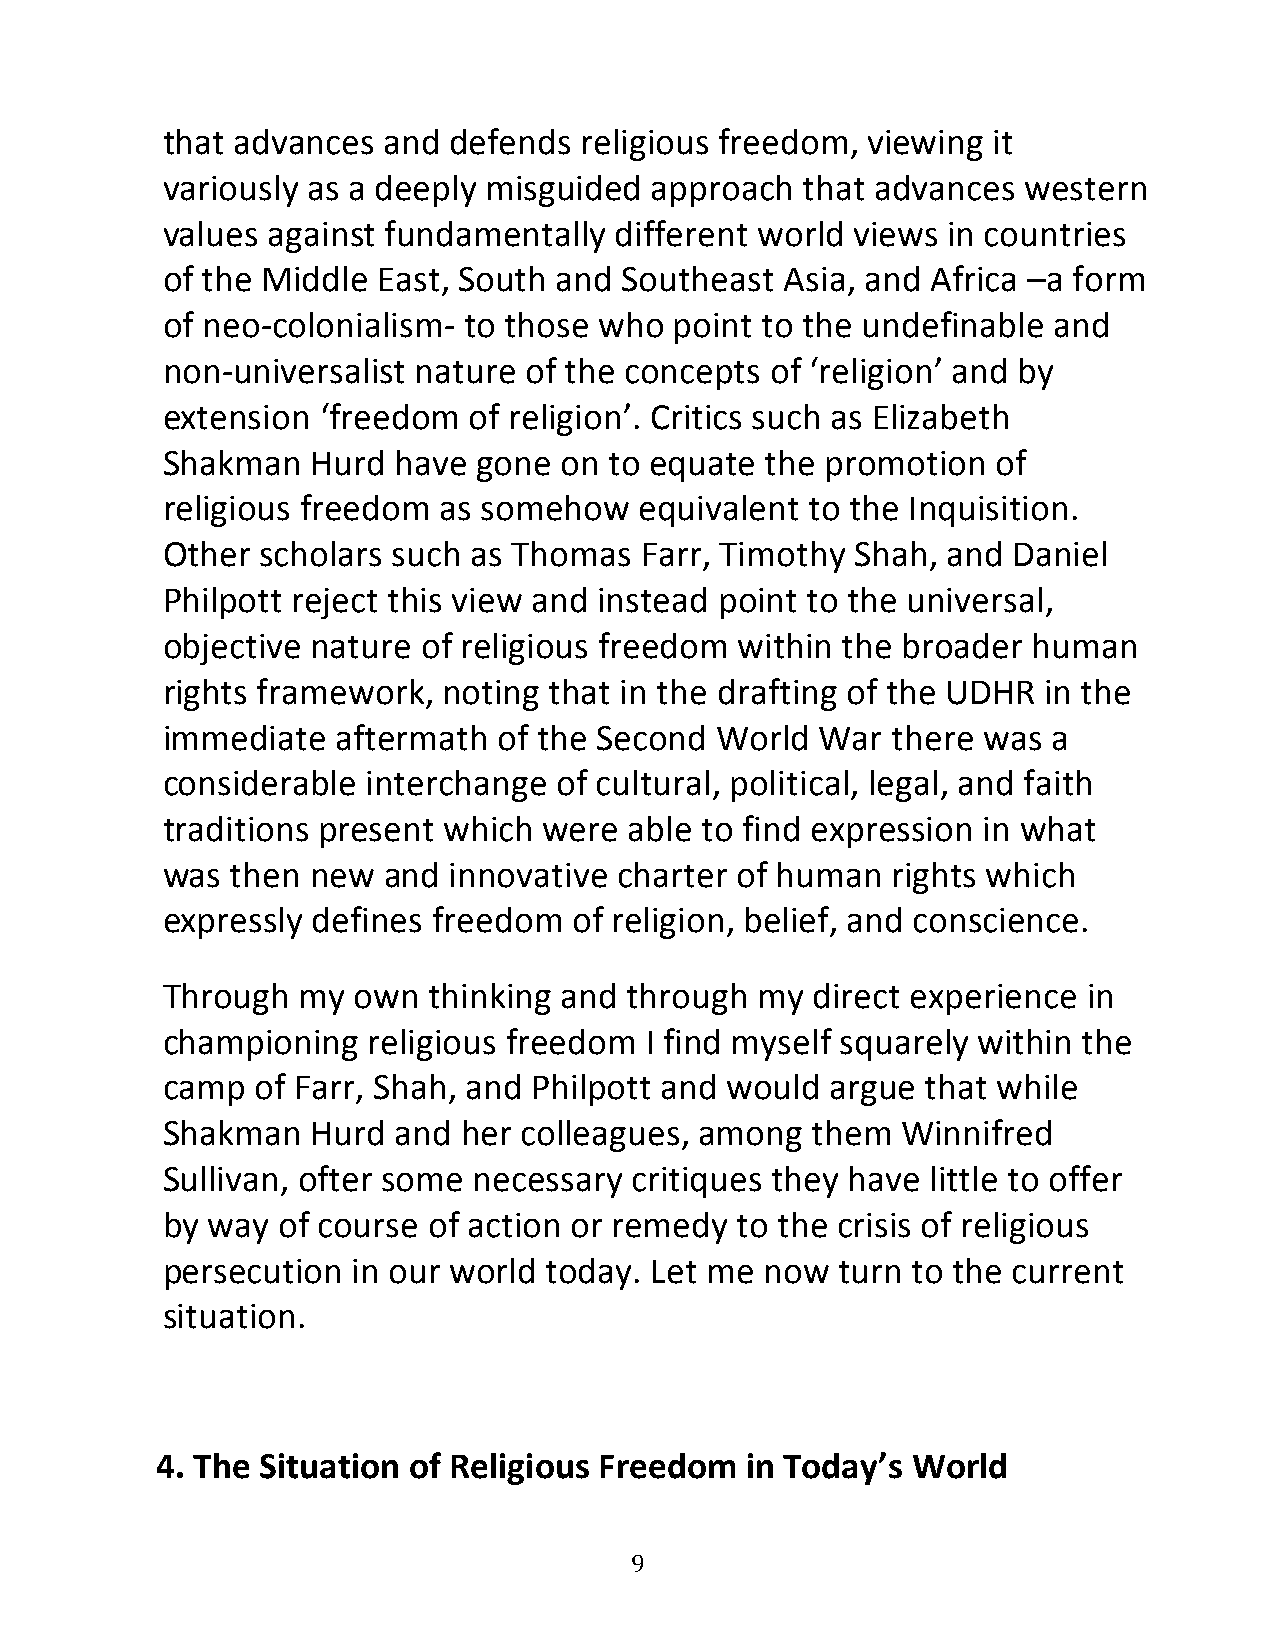
that advances and  defends religious freedom, viewing  it
 variously as a deeply misguided approach  that advances  western
 values against fundamentally  different world views in countries
 of the Middle East, South and Southeast  Asia, and Africa –a form
 of neo-colonialism- to those who  point to the undefinable and
 non-universalist nature of the concepts of ‘religion’ and by
 extension ‘freedom  of religion’. Critics such as Elizabeth
 Shakman   Hurd have  gone on to equate  the promotion  of
 religious freedom as somehow   equivalent  to the Inquisition.
 Other scholars such as Thomas  Farr, Timothy  Shah, and Daniel
 Philpott reject this view and instead point to the universal,
 objective nature of religious freedom within the broader human
 rights framework, noting that in the drafting of the UDHR in the
 immediate  aftermath  of the Second World  War  there was  a
 considerable interchange  of cultural, political, legal, and faith
 traditions present which were  able to find expression in what
 was then  new and  innovative charter of human  rights which
 expressly defines freedom  of religion, belief, and conscience.
 Through  my own  thinking and  through my  direct experience in
 championing  religious freedom  I find myself squarely within the
 camp  of Farr, Shah, and Philpott and would argue that while
 Shakman   Hurd and  her colleagues, among  them  Winnifred
 Sullivan, ofter some necessary critiques they have little to offer
 by way of course of action or remedy  to the crisis of religious
 persecution in our world today. Let me  now  turn to the current
 situation.
 4. The Situation of Religious Freedom  in Today’s World
 9